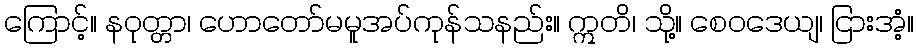
ကြောင့်။ နဝုတ္တာ၊ ဟောတော်မမူအပ်ကုန်သနည်း။ ဣတိ၊ သို့။ စေဝဒေယျ၊ ငြားအံ့။